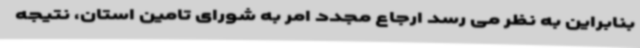
بنابراین به نظر می رسد ارجاع مجدد امر به شورای تامین استان، نتیجه